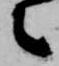
々